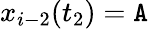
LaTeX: x_{i-2}(t_{2})=\mathtt{A}